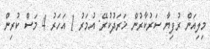
މިލިއަން ރުފިޔާ ސަރުކާރުން ޚަރަދުކުރޭ: އުމަރު 1 އަހަރު 4 މަސް ކުރިން